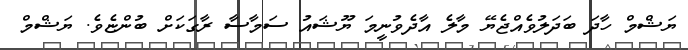
ޔަޝްމް ހާދަ ބަދަލުވެއްޖެޔޭ މާލެ އާދެވުނީމަ ޔޫޝައު ސަމާސާ ރާގަކަށް ބުންޏެވެ. ޔަޝްމް